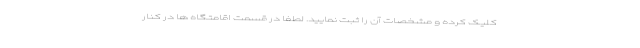
کلیک کرده و مشخصات آن را ثبت نمایید. لطفا در قسمت اقامتگاه ها در کنار